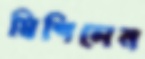
মিশিলেন